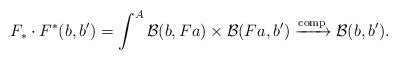
\begin{align*} F_*\cdot{}F^*(b,b')= \int^A\mathcal{B}(b,Fa)\times\mathcal{B}(Fa,b')\xrightarrow{\mathrm{comp}} \mathcal{B}(b,b').\end{align*}